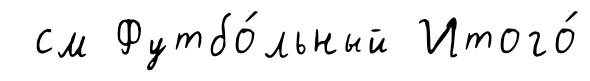
см Футбо́льный Итого́